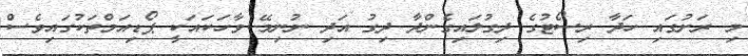
މި ރަށުގައި ހަދާ ރިސޯޓުގެ ދިގުލައިގެންދާ ދިގު އަދި ނުނިމޭ ވާހަކައަކީ ޕޯޑިއަމްތަކުގައިވެސް